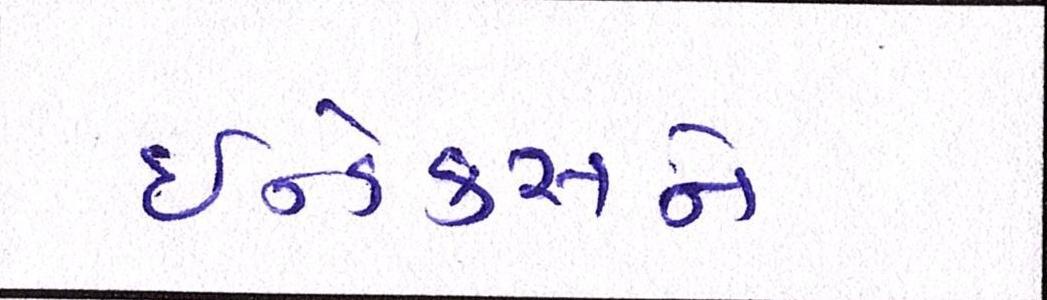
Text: ઇન્ડેક્સને